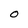
Character: O